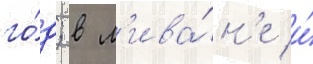
го́д; в л'ива́н'е и́